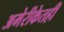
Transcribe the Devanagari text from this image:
अमेरीकेतही